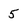
Character: 5